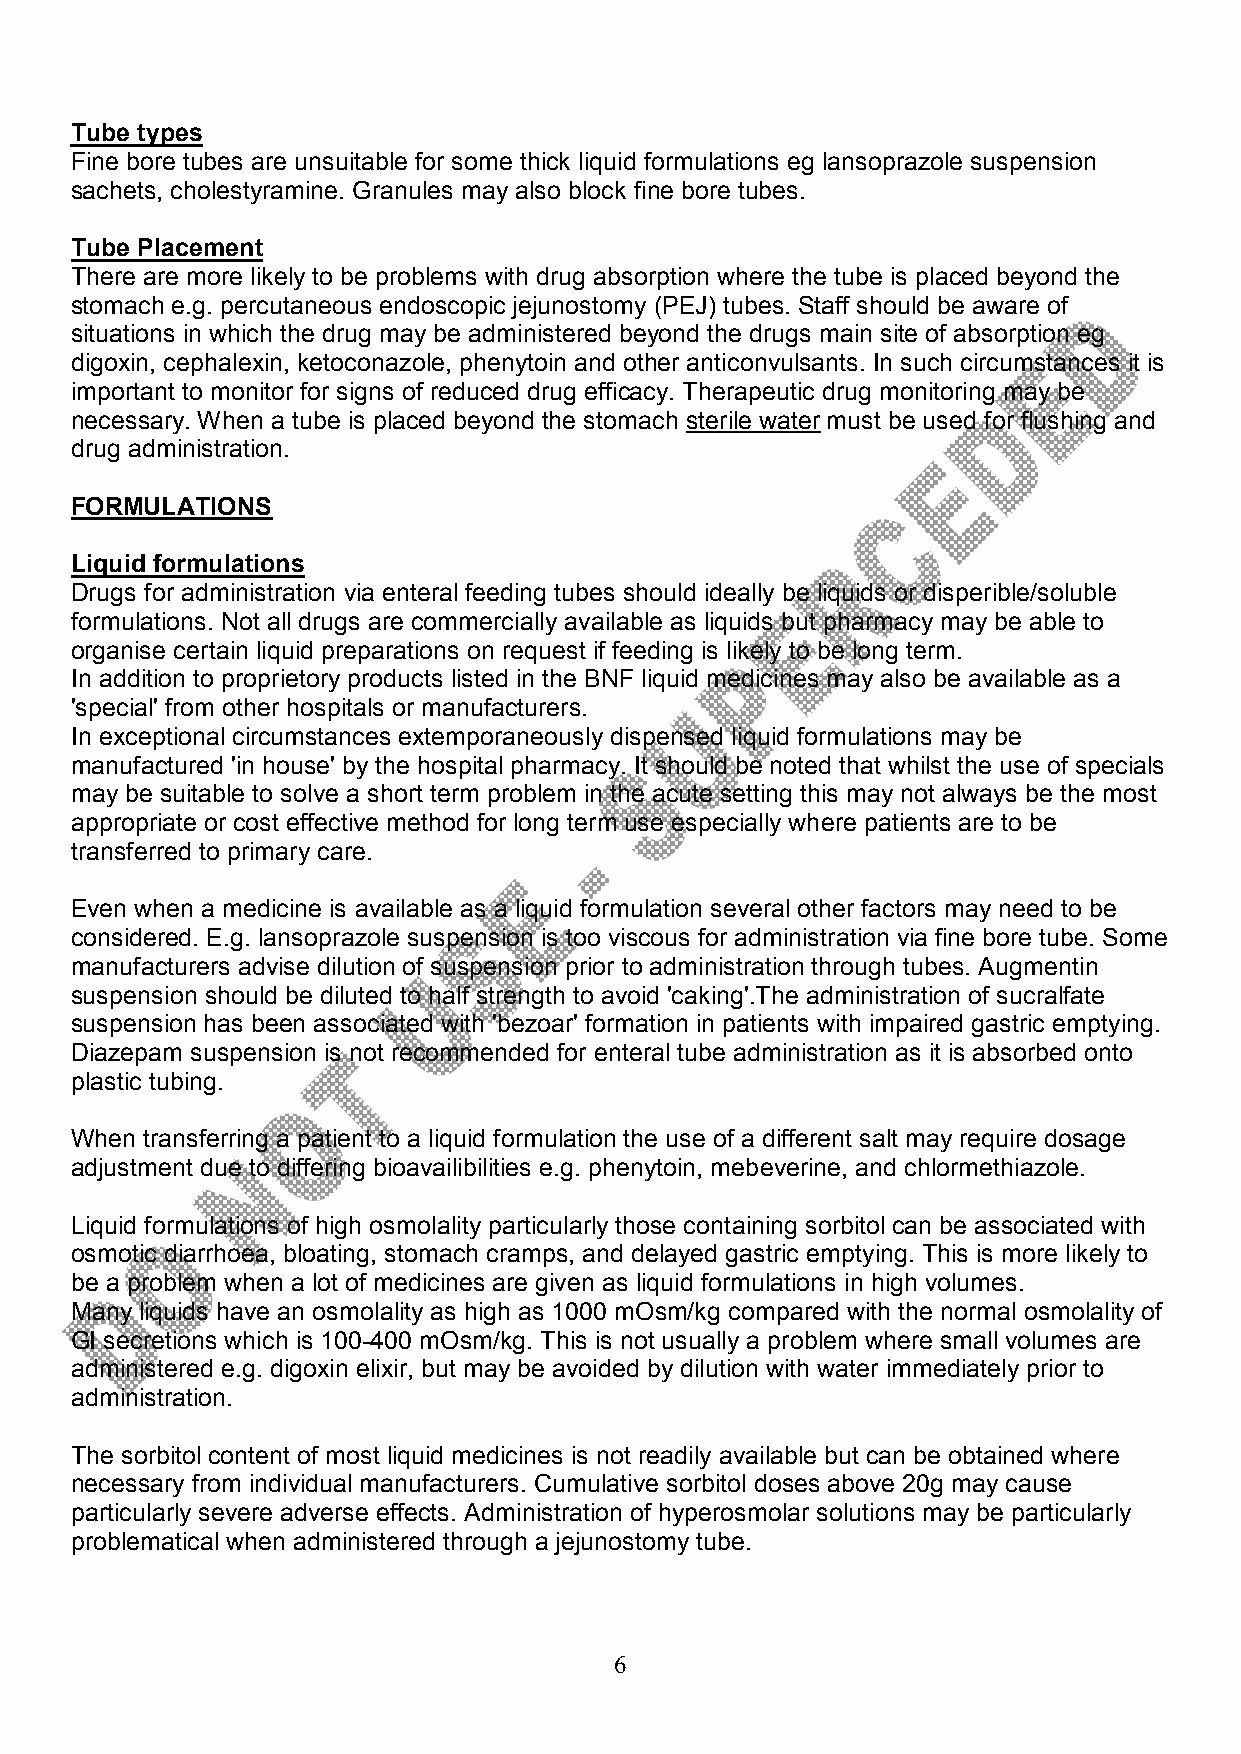
Tube types
 Fine bore tubes are unsuitable for some thick liquid formulations eg lansoprazole suspension
 sachets, cholestyramine. Granules may also block fine bore tubes.
 Tube Placement
 There are more likely to be problems with drug absorption where the tube is placed beyond the
 stomach e.g. percutaneous endoscopic jejunostomy (PEJ) tubes. Staff should be aware of
 situations in which the drug may be administered beyond the drugs main site of absorption eg
 digoxin, cephalexin, ketoconazole, phenytoin and other anticonvulsants. In such circumstances it is
 important to monitor for signs of reduced drug efficacy. Therapeutic drug monitoring may be
 necessary. When a tube is placed beyond the stomach sterile water must be used for flushing and
 drug administration.
 FORMULATIONS
 Liquid formulations
 Drugs for administration via enteral feeding tubes should ideally be liquids or disperible/soluble
 formulations. Not all drugs are commercially available as liquids but pharmacy may be able to
 organise certain liquid preparations on request if feeding is likely to be long term.
 In addition to proprietory products listed in the BNF liquid medicines may also be available as a
 'special' from other hospitals or manufacturers.
 In exceptional circumstances extemporaneously dispensed liquid formulations may be
 manufactured 'in house' by the hospital pharmacy. It should be noted that whilst the use of specials
 may be suitable to solve a short term problem in the acute setting this may not always be the most
 appropriate or cost effective method for long term use especially where patients are to be
 transferred to primary care.
 Even when a medicine is available as a liquid formulation several other factors may need to be
 considered. E.g. lansoprazole suspension is too viscous for administration via fine bore tube. Some
 manufacturers advise dilution of suspension prior to administration through tubes. Augmentin
 suspension should be diluted to half strength to avoid 'caking'.The administration of sucralfate
 suspension has been associated with 'bezoar' formation in patients with impaired gastric emptying.
 Diazepam suspension is not recommended for enteral tube administration as it is absorbed onto
 plastic tubing.
 When transferring a patient to a liquid formulation the use of a different salt may require dosage
 adjustment due to differing bioavailibilities e.g. phenytoin, mebeverine, and chlormethiazole.
 Liquid formulations of high osmolality particularly those containing sorbitol can be associated with
 osmotic diarrhoea, bloating, stomach cramps, and delayed gastric emptying. This is more likely to
 be a problem when a lot of medicines are given as liquid formulations in high volumes.
 Many liquids have an osmolality as high as 1000 mOsm/kg compared with the normal osmolality of
 GI secretions which is 100-400 mOsm/kg. This is not usually a problem where small volumes are
 administered e.g. digoxin elixir, but may be avoided by dilution with water immediately prior to
 administration.
 The sorbitol content of most liquid medicines is not readily available but can be obtained where
 necessary from individual manufacturers. Cumulative sorbitol doses above 20g may cause
 particularly severe adverse effects. Administration of hyperosmolar solutions may be particularly
 problematical when administered through a jejunostomy tube.
 6